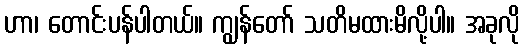
ဟာ၊ တောင်းပန်ပါတယ်။ ကျွန်တော် သတိမထားမိလို့ပါ။ အခုလို